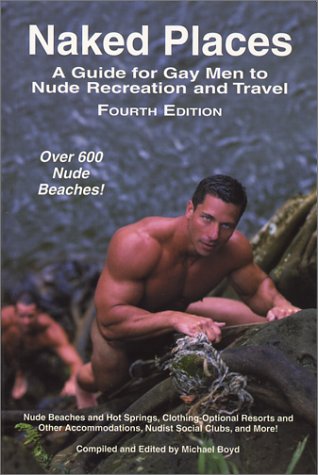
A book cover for Naked Places, A Guide for Gay Men to Nude Recreation and Travel, 4th ed.; Michael Boyd; Gay & Lesbian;